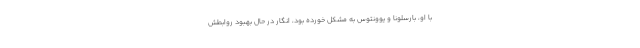
با او، بارسلونا و یوونتوس به مشکل خورده بود، انگار در حال بهبود روابطش